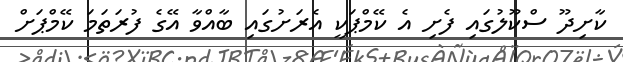
ކާށިދޫ ސްކޫލުގައި ފެށި އެ ކޭމްޕަކީ އެރަށުގައި ބާއްވާ އޭގެ ފުރަތަމަ ކޭމްޕަށް